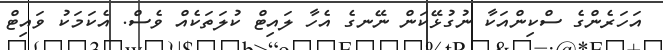
އަހަރެންގެ ސްކިންއަކާ ނުގުޅޭކަން ނޭނގެ އެހާ ލައިޓް ކުލަތަކެއް ވެސް. އެކަމަކު ވައިޓް